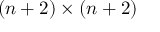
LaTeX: ( n + 2 ) \times ( n + 2 )